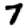
Digit: 7